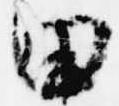
田